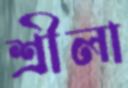
শ্রীলা